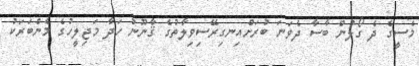
މެސީގެ ދެ ގޯލުން ބާސާ ދެވަނަ ބުރަށްއިނގިރޭސިވިލާތުގެ ޤާނޫނު ހަދާ މަޖިލީހުގެ މެންބަރަކު